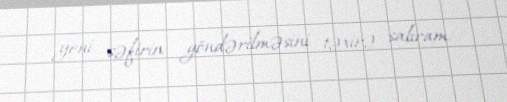
yeni səfirin göndərilməsini təxirə salıram.